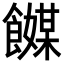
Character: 𬲞